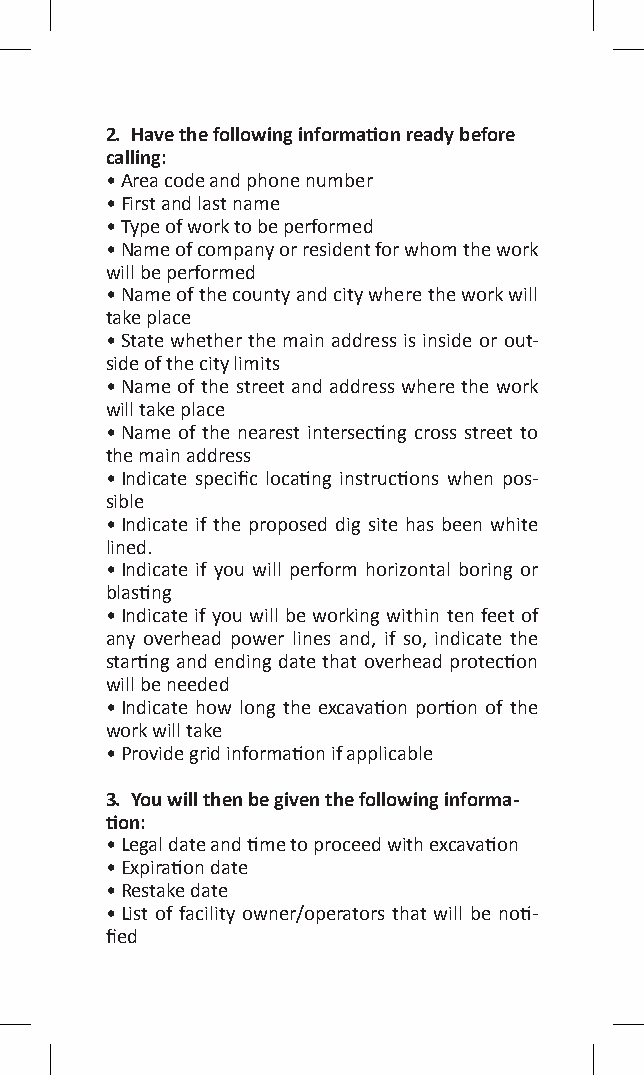
2. Have the following information ready before
 calling:
 • Area code and phone number
 • First and last name
 • Type of work to be performed
 • Name of company or resident for whom the work
 will be performed
 • Name of the county and city where the work will
 take place
 • State whether the main address is inside or out-
 side of the city limits
 • Name of the street and address where the work
 will take place
 • Name of the nearest intersecting cross street to
 the main address
 • Indicate specific locating instructions when pos-
 sible
 • Indicate if the proposed dig site has been white
 lined.
 • Indicate if you will perform horizontal boring or
 blasting
 • Indicate if you will be working within ten feet of
 any overhead power lines and, if so, indicate the
 starting and ending date that overhead protection
 will be needed
 • Indicate how long the excavation portion of the
 work will take
 • Provide grid information if applicable
 3. You will then be given the following informa-
 tion:
 • Legal date and time to proceed with excavation
 • Expiration date
 • Restake date
 • List of facility owner/operators that will be noti-
 fied